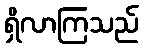
ရှိလာကြသည်